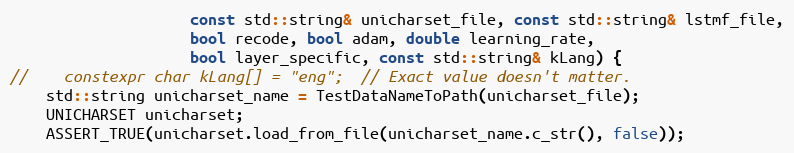
Language: C
                    const std::string& unicharset_file, const std::string& lstmf_file,
                    bool recode, bool adam, double learning_rate,
                    bool layer_specific, const std::string& kLang) {
//    constexpr char kLang[] = "eng";  // Exact value doesn't matter.
    std::string unicharset_name = TestDataNameToPath(unicharset_file);
    UNICHARSET unicharset;
    ASSERT_TRUE(unicharset.load_from_file(unicharset_name.c_str(), false));